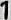
1